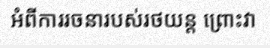
អំពីការរចនារបស់រថយន្ត ព្រោះវា